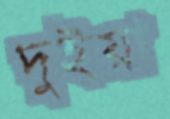
দুইয়া